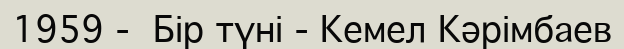
1959 -  Бір түні - Кемел Кәрімбаев